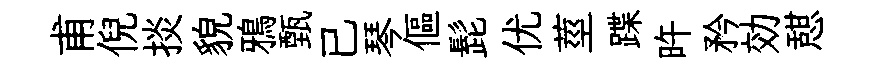
甫倪掞貌鴉甄已琴傴髭优莖蹀旿矜効憇